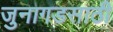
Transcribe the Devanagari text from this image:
जुनागडसाठी